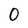
Character: O